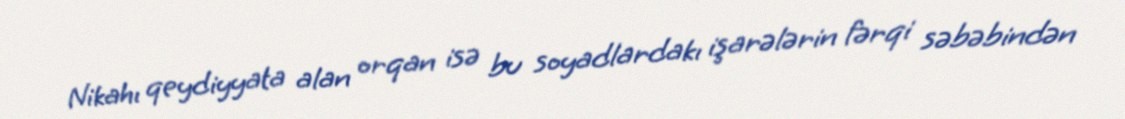
Nikahı qeydiyyata alan orqan isə bu soyadlardakı işarələrin fərqi səbəbindən